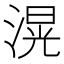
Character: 滉